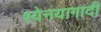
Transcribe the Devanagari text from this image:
श्येनयागादी